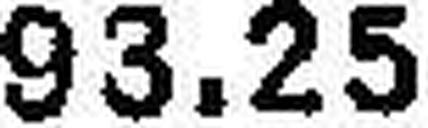
93.25